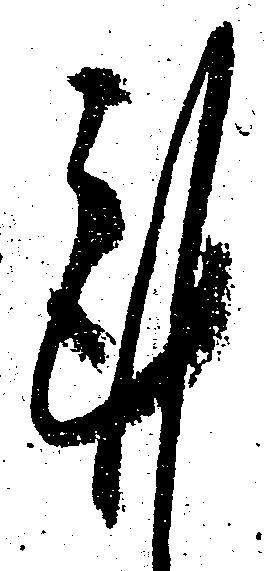
謹